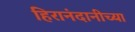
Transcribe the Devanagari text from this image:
हिरानंदानीच्या